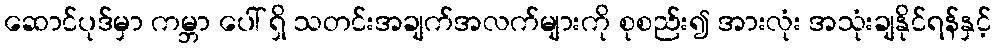
ဆောင်ပုဒ်မှာ ကမ္ဘာ ပေါ် ရှိ သတင်းအချက်အလက်များကို စုစည်း၍ အားလုံး အသုံးချနိုင်ရန်နှင့်